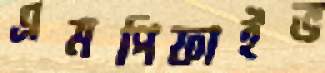
এমপিফাইভ